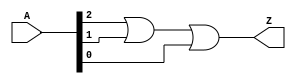
module or_3in_v (
  input [2:0] A,
  output Z
  );

  or(Z, A[2], A[1], A[0]);

endmodule //and_3in_v